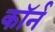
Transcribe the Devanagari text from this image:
कॉर्न